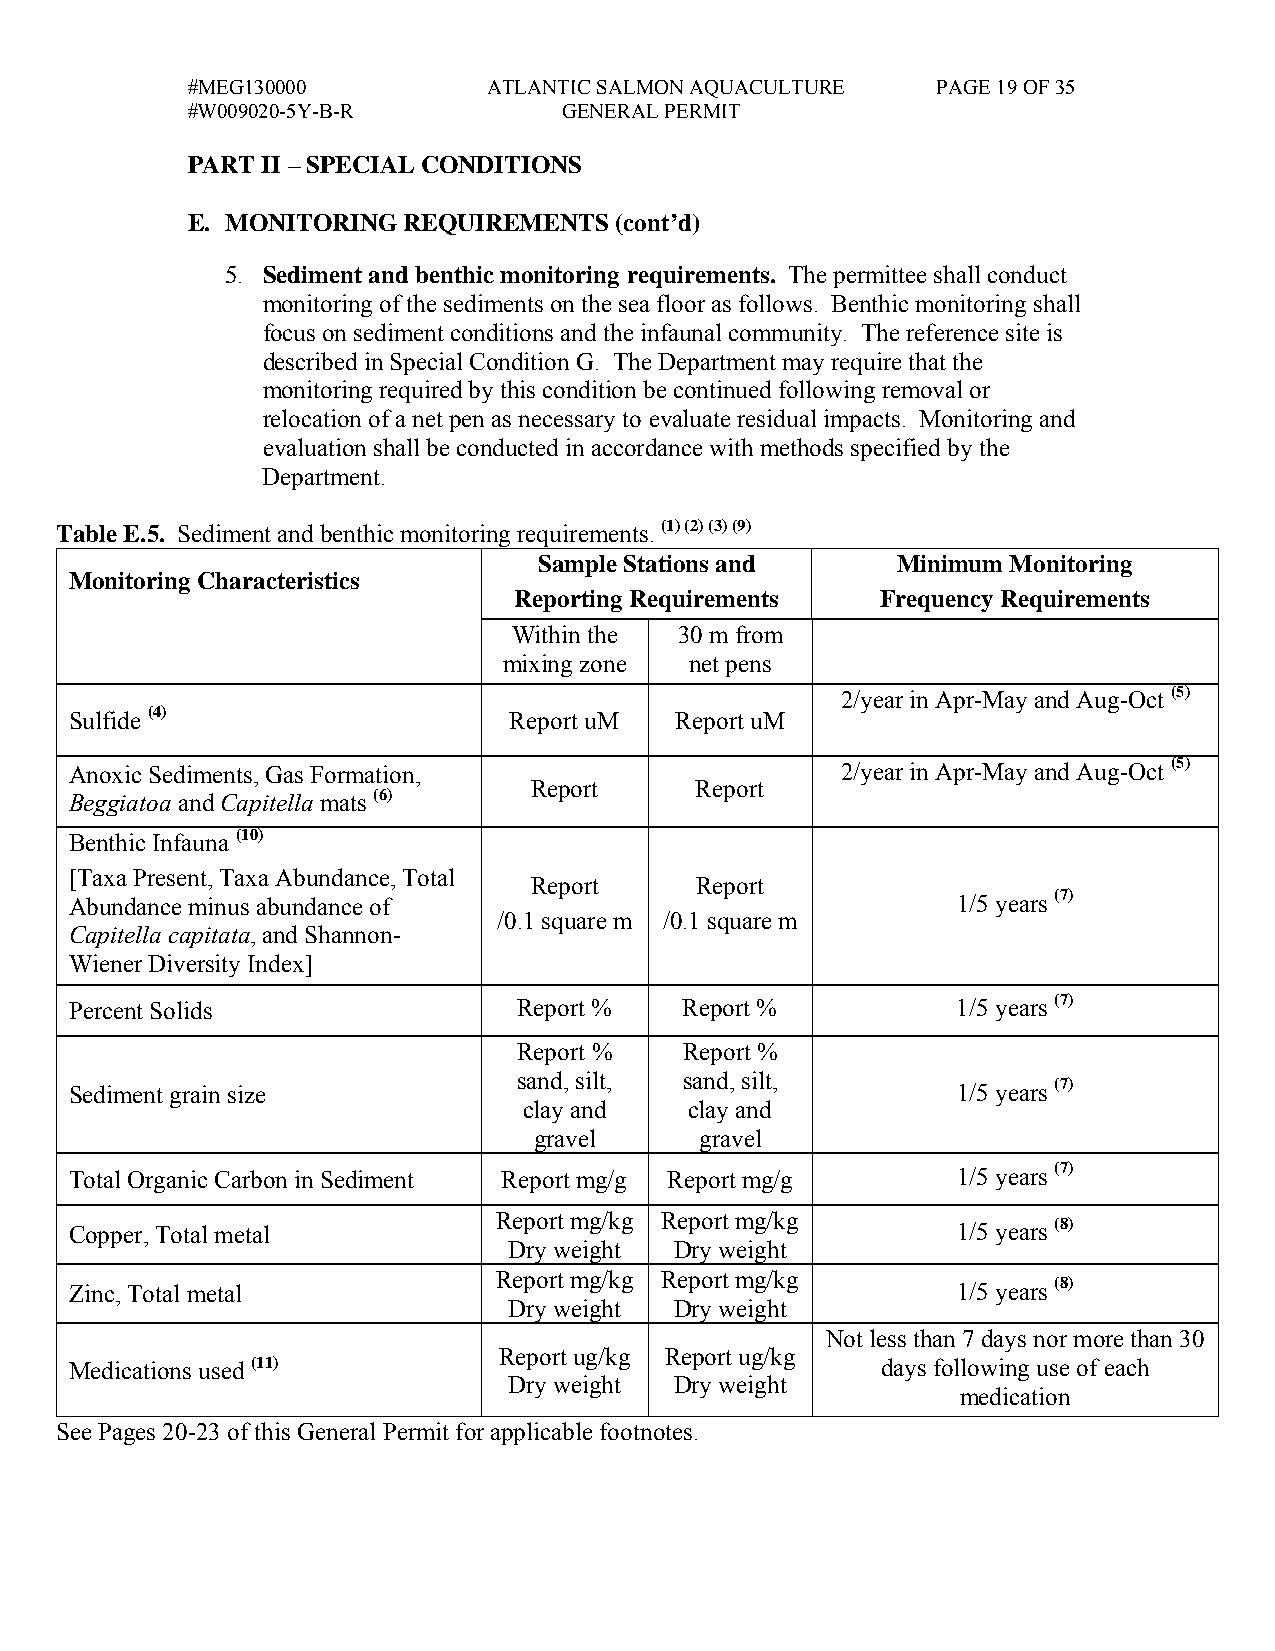
#MEG130000          ATLANTIC SALMON AQUACULTURE   PAGE 19 OF 35
 #W009020-5Y-B-R          GENERAL PERMIT
 PART II – SPECIAL CONDITIONS
 E. MONITORING  REQUIREMENTS  (cont’d)
 5. Sediment and benthic monitoring requirements. The permittee shall conduct
 monitoring of the sediments on the sea floor as follows. Benthic monitoring shall
 focus on sediment conditions and the infaunal community. The reference site is
 described in Special Condition G. The Department may require that the
 monitoring required by this condition be continued following removal or
 relocation of a net pen as necessary to evaluate residual impacts. Monitoring and
 evaluation shall be conducted in accordance with methods specified by the
 Department.
 Table E.5. Sediment and benthic monitoring requirements. (1) (2) (3) (9)
 Sample Stations and    Minimum Monitoring
 Monitoring Characteristics
 Reporting Requirements  Frequency Requirements
 Within the 30 m from
 mixing zone  net pens
 2/year in Apr-May and Aug-Oct (5)
 Sulfide (4)                  Report uM  Report uM
 Anoxic Sediments, Gas Formation,                   2/year in Apr-May and Aug-Oct (5)
 Report     Report
 Beggiatoa and Capitella mats (6)
 Benthic Infauna (10)
 [Taxa Present, Taxa Abundance, Total
 Report     Report
 Abundance minus abundance of                              1/5 years (7)
 /0.1 square m /0.1 square m
 Capitella capitata, and Shannon-
 Wiener Diversity Index]
 Percent Solids               Report %   Report %          1/5 years (7)
 Report %   Report %
 sand, silt, sand, silt,
 Sediment grain size                                       1/5 years (7)
 clay and   clay and
 gravel     gravel
 Total Organic Carbon in Sediment Report mg/g Report mg/g  1/5 years (7)
 Report mg/kg Report mg/kg
 Copper, Total metal                                       1/5 years (8)
 Dry weight Dry weight
 Report mg/kg Report mg/kg
 Zinc, Total metal                                         1/5 years (8)
 Dry weight Dry weight
 Not less than 7 days nor more than 30
 Report ug/kg Report ug/kg
 Medications used (11)                                days following use of each
 Dry weight Dry weight
 medication
 See Pages 20-23 of this General Permit for applicable footnotes.